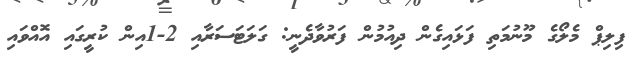
ފިލިޕް މެލޯގެ މޫނުމަތި ފަޅައިގެން ދިއުމުން ފަރުވާދެނީ: ގަލަޓަސަރާއި 2-1އިން ކުރީގައި އޮއްވައި